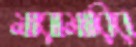
মারামারির